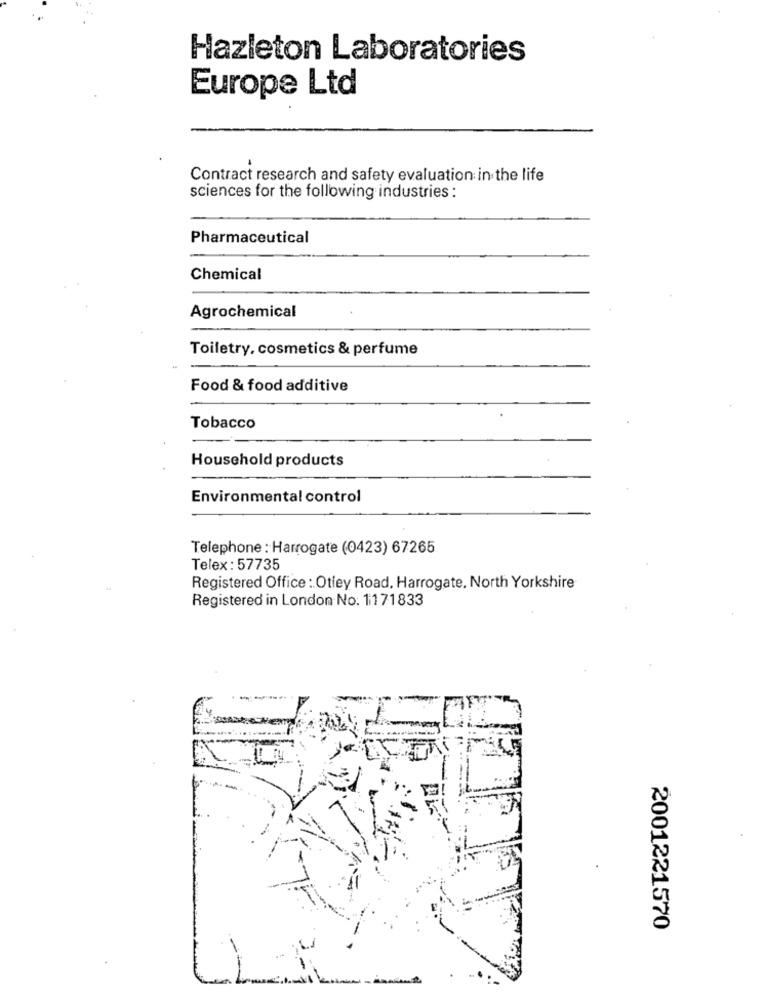
Hazleton Laboratories
Europe Ltd
Contract research and safety evaluation in the life
sciences for the following industries :
Pharmaceutical
Chemical
Agrochemical
Toiletry, cosmetics & perfume
Food & food additive
Tobacco
Household products
Environmental control
Telephone : Harrogate (0423) 67265
Telex : 57735
Registered Office : Otley Road, Harrogate, North Yorkshire
Registered in London No. 1171833
2001221570